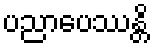
ပညာပေဿန္တိ